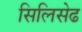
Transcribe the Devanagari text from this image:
सिलिसेढ